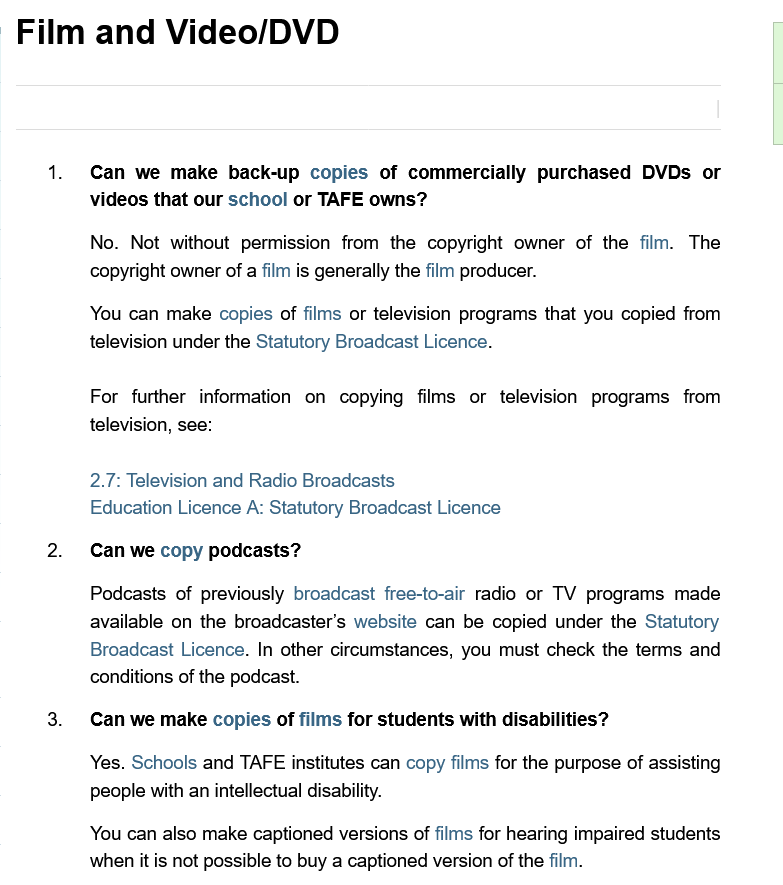
Can we  make  back-up copies of commercially purchased  DVDs  or
     videos that our school or TAFE owns?
     No. Not without permission from the copyright owner of the film. The
     copyright owner of a film is generally the film producer.
     You can make copies of films or television programs that you copied from
     television under the Statutory Broadcast Licence.
     For further information on copying films or television programs from
     television, see:
     2.7: Television and Radio Broadcasts
     Education Licence A: Statutory Broadcast Licence
     Can we copy podcasts?
     Podcasts of previously broadcast free-to-air radio or TV programs made
     available on the broadcaster’s website can be copied under the Statutory
     Broadcast Licence. In other circumstances, you must check the terms and
     conditions of the podcast.
     Can we make copies of films for students with disabilities?
     Yes. Schools and TAFE institutes can copy films for the purpose of assisting
     people with an intellectual disability.
     You can also make captioned versions of films for hearing impaired students
     when it is not possible to buy a captioned version of the film.